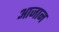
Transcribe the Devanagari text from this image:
आजान